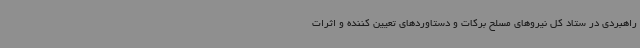
راهبردی در ستاد کل نیروهای مسلح برکات و دستاوردهای تعیین کننده و اثرات